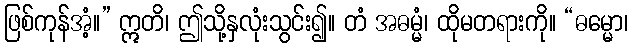
ဖြစ်ကုန်အံ့။” ဣတိ၊ ဤသို့နှလုံးသွင်း၍။ တံ အဓမ္မံ၊ ထိုမတရားကို။ “ဓမ္မော၊